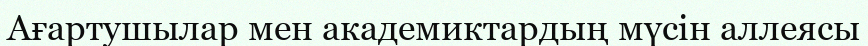
Ағартушылар мен академиктардың мүсін аллеясы